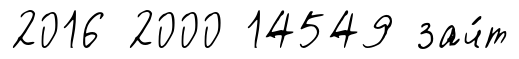
2016 2000 14549 зач́т